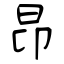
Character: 昻